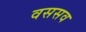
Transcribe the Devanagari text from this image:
वससव